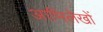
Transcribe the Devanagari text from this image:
आभिलेखों